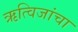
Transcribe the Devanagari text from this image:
ऋत्विजांचा